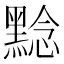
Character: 𪑡